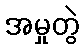
အမှုတွဲ